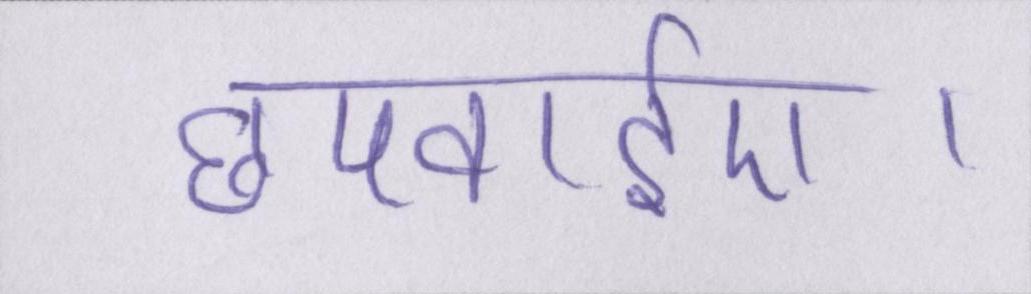
छपवाईए।